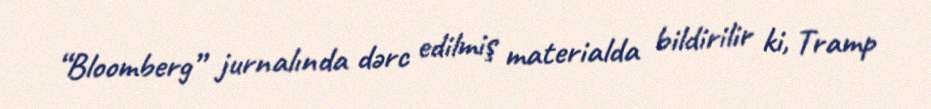
“Bloomberg” jurnalında dərc edilmiş materialda bildirilir ki, Tramp